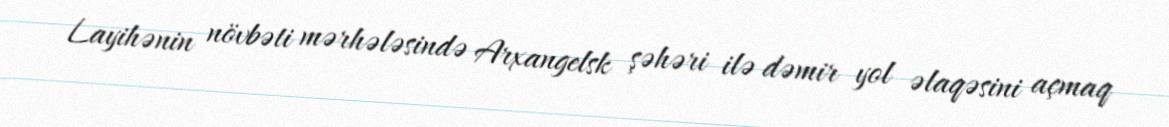
Layihənin növbəti mərhələsində Arxangelsk şəhəri ilə dəmir yol əlaqəsini açmaq